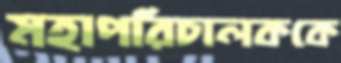
মহাপরিচালককে